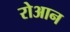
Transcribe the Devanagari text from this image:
रोआन